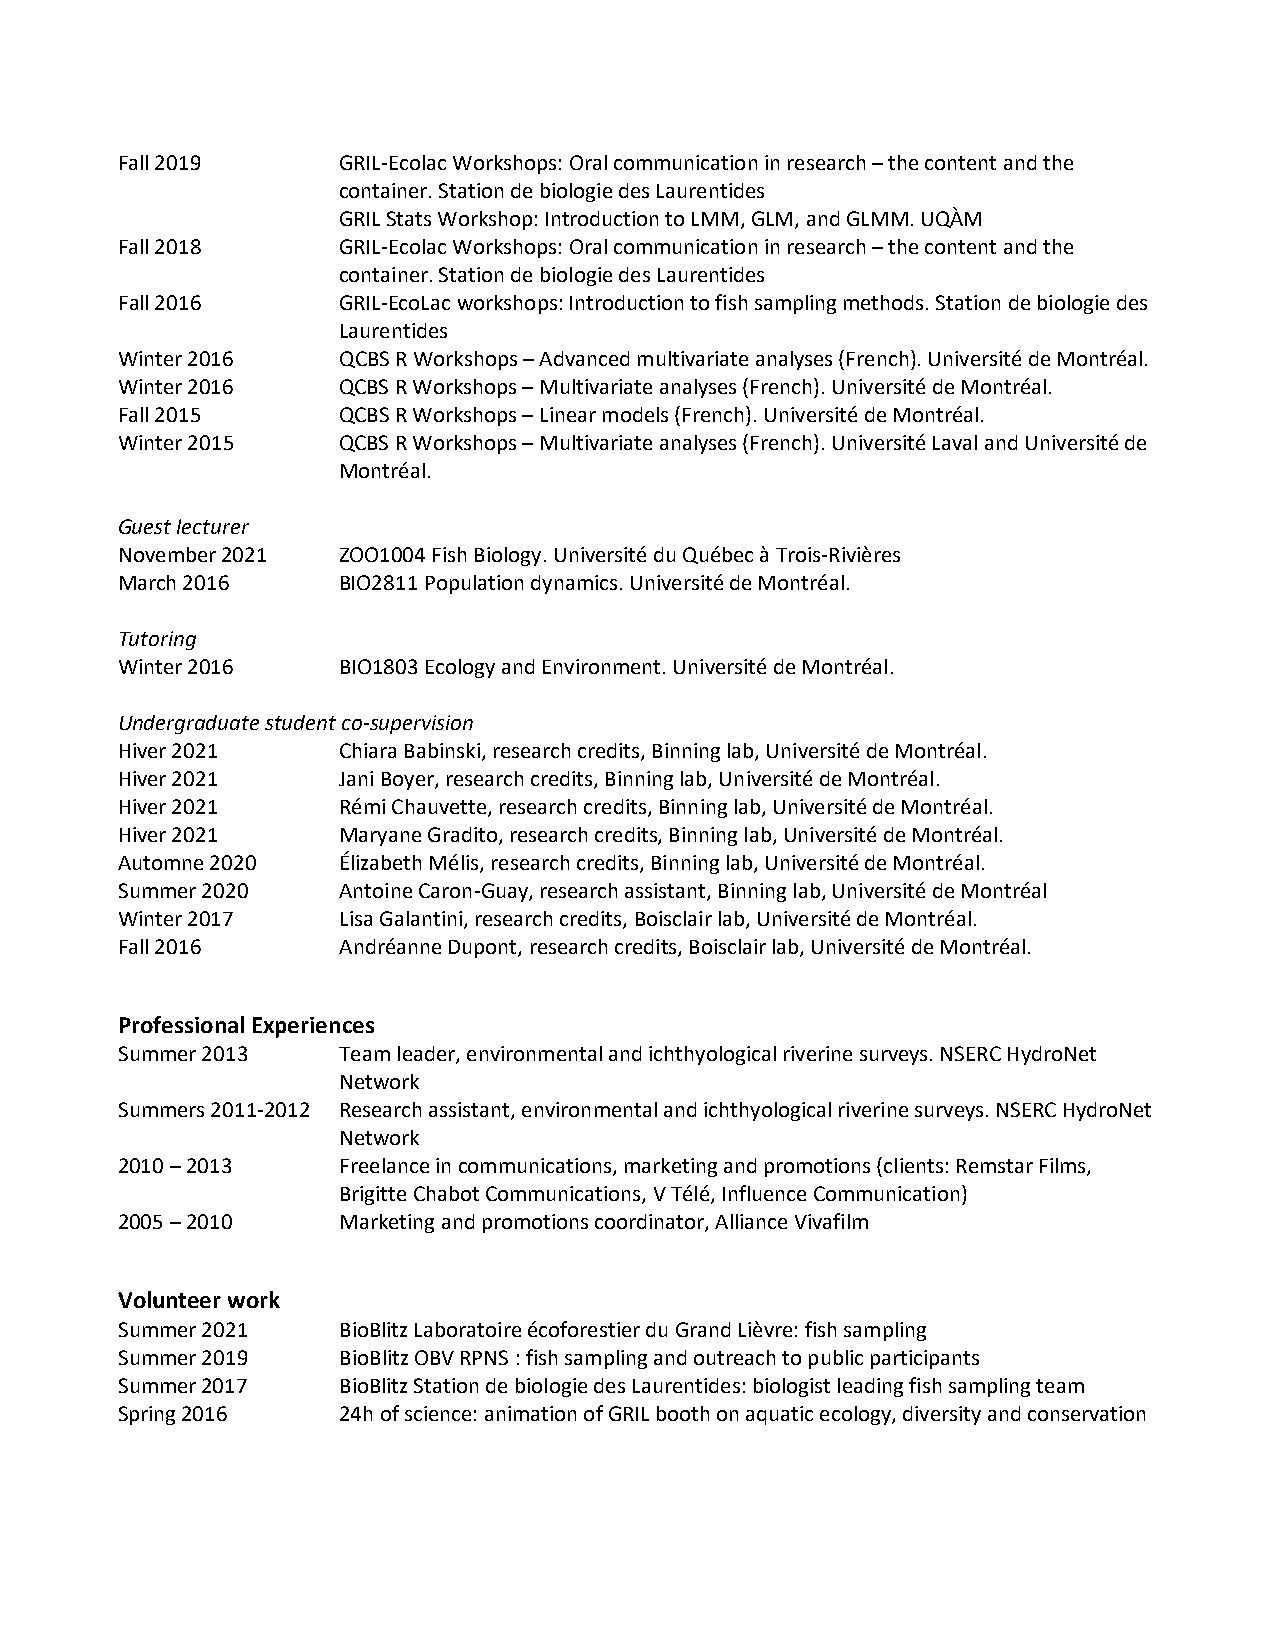
Fall 2019     GRIL-Ecolac Workshops: Oral communication in research – the content and the
 container. Station de biologie des Laurentides
 GRIL Stats Workshop: Introduction to LMM, GLM, and GLMM. UQÀM
 Fall 2018     GRIL-Ecolac Workshops: Oral communication in research – the content and the
 container. Station de biologie des Laurentides
 Fall 2016     GRIL-EcoLac workshops: Introduction to fish sampling methods. Station de biologie des
 Laurentides
 Winter 2016   QCBS R Workshops – Advanced multivariate analyses (French). Université de Montréal.
 Winter 2016   QCBS R Workshops – Multivariate analyses (French). Université de Montréal.
 Fall 2015     QCBS R Workshops – Linear models (French). Université de Montréal.
 Winter 2015   QCBS R Workshops – Multivariate analyses (French). Université Laval and Université de
 Montréal.
 Guest lecturer
 November 2021 ZOO1004 Fish Biology. Université du Québec à Trois-Rivières
 March 2016    BIO2811 Population dynamics. Université de Montréal.
 Tutoring
 Winter 2016   BIO1803 Ecology and Environment. Université de Montréal.
 Undergraduate student co-supervision
 Hiver 2021    Chiara Babinski, research credits, Binning lab, Université de Montréal.
 Hiver 2021    Jani Boyer, research credits, Binning lab, Université de Montréal.
 Hiver 2021    Rémi Chauvette, research credits, Binning lab, Université de Montréal.
 Hiver 2021    Maryane Gradito, research credits, Binning lab, Université de Montréal.
 Automne 2020  Élizabeth Mélis, research credits, Binning lab, Université de Montréal.
 Summer 2020   Antoine Caron-Guay, research assistant, Binning lab, Université de Montréal
 Winter 2017   Lisa Galantini, research credits, Boisclair lab, Université de Montréal.
 Fall 2016     Andréanne Dupont, research credits, Boisclair lab, Université de Montréal.
 Professional Experiences
 Summer 2013   Team leader, environmental and ichthyological riverine surveys. NSERC HydroNet
 Network
 Summers 2011-2012 Research assistant, environmental and ichthyological riverine surveys. NSERC HydroNet
 Network
 2010 – 2013   Freelance in communications, marketing and promotions (clients: Remstar Films,
 Brigitte Chabot Communications, V Télé, Influence Communication)
 2005 – 2010   Marketing and promotions coordinator, Alliance Vivafilm
 Volunteer work
 Summer 2021   BioBlitz Laboratoire écoforestier du Grand Lièvre: fish sampling
 Summer 2019   BioBlitz OBV RPNS : fish sampling and outreach to public participants
 Summer 2017   BioBlitz Station de biologie des Laurentides: biologist leading fish sampling team
 Spring 2016   24h of science: animation of GRIL booth on aquatic ecology, diversity and conservation